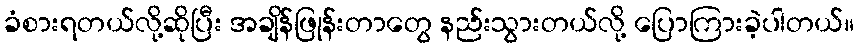
ခံစားရတယ်လို့ဆိုပြီး အချိန်ဖြုန်းတာတွေ နည်းသွားတယ်လို့ ပြောကြားခဲ့ပါတယ်။